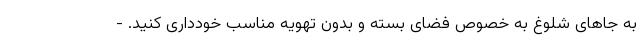
به جاهای شلوغ به خصوص فضای بسته و بدون تهویه مناسب خودداری کنید. -